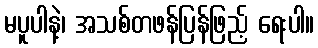
မပူပါနဲ့၊ အသစ်တဖန်ပြန်ဖြည့် ရေးပါ။